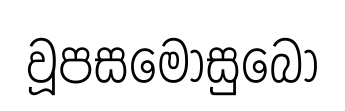
වූපසමොසුබො